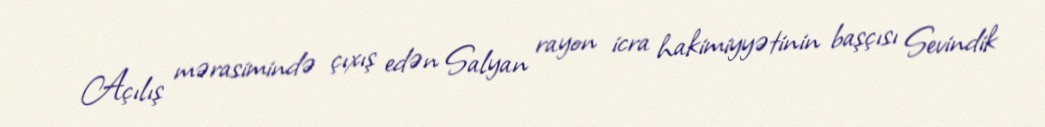
Açılış mərasimində çıxış edən Salyan rayon icra hakimiyyətinin başçısı Sevindik